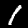
Label: 1